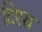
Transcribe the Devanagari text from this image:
दिएरा